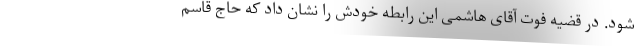
شود. در قضیه فوت آقای هاشمی این رابطه خودش را نشان داد که حاج قاسم